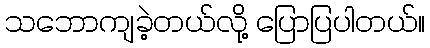
သဘောကျခဲ့တယ်လို့ ပြောပြပါတယ်။